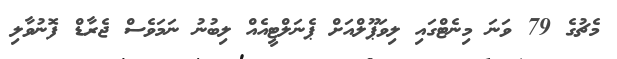
މެޗުގެ 79 ވަނަ މިނެޓްގައި ލިވަޕޫލްއަށް ޕެނަލްޓީއެއް ލިބުނު ނަމަވެސް ޖެރާޑް ފޮނުވާލި